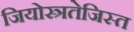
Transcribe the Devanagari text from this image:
जियोस्त्रतेजिस्त